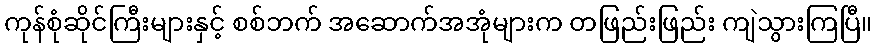
ကုန်စုံဆိုင်ကြီးများနှင့် စစ်ဘက် အဆောက်အအုံများက တဖြည်းဖြည်း ကျဲသွားကြပြီ။